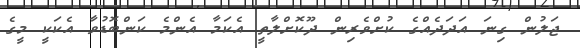
ޖަލުން ގިނަ އަދަދެއްގެ ކުށްވެރިން ދޫކޮށްލާތީ އެކަމާ އެންމެ ކަންބޮޑުވާ އެކަކީ މީގެ